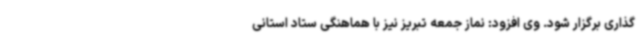
گذاری برگزار شود. وی افزود: نماز جمعه تبریز نیز با هماهنگی ستاد استانی